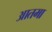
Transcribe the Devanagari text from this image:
आतमा